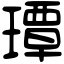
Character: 㻼